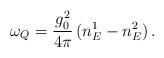
LaTeX: \begin{align*}\omega_Q=\frac{g_0^2}{4\pi}\,(n_E^1-n_E^2)\,.\end{align*}